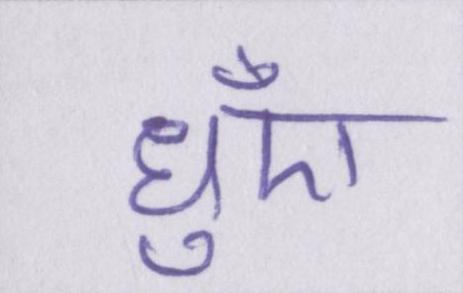
धुँए